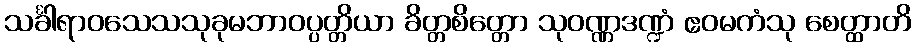
သင်္ခါရာဝသေသသုခုမဘာဝပ္ပတ္တိယာ ခိတ္တစိတ္တော သုဝဏ္ဏဒဏ္ဍံ ဧဝမကံသု စေတ္ထာတိ